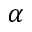
\alpha